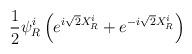
LaTeX: \begin{align*}\frac{1}{2}\psi^{i}_{R} \left(e^{i\sqrt{2}X_{R}^{i}}+e^{-i\sqrt{2}X_{R}^{i}} \right) \end{align*}